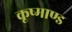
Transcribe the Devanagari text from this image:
कूष्माण्ड